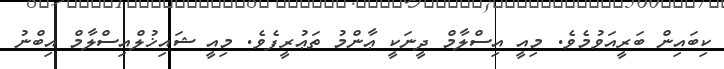
ކިބައިން ބަރީއަވުމެވެ. މިއީ އިސްލާމް ދީނަކީ ޢާންމު ތަޢުރީފެވެ. މިއީ ޝައިޚުލްއިސްލާމް އިބްނު